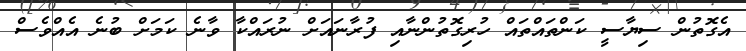
އެގޮތުން ސިޔާސީ ކަންތައްތައް ހުރިގޮތުންނާއި ފުރާނައަށް ނުރައްކާ ވާނެ ކަމަށް ބުނެ އެއްވެސް